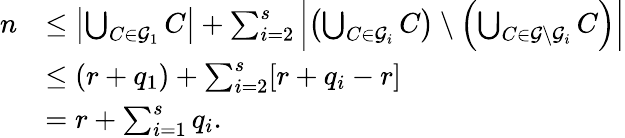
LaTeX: \begin{array}{rl}{n}&{\leq\left|\bigcup_{C\in\mathcal{G}_{1}}C\right|+\sum_{i=2}^{s}\left|\left(\bigcup_{C\in\mathcal{G}_{i}}C\right)\setminus\left(\bigcup_{C\in\mathcal{G}\setminus\mathcal{G}_{i}}C\right)\right|}\\ {}&{\leq(r+q_{1})+\sum_{i=2}^{s}[r+q_{i}-r]}\\ {}&{=r+\sum_{i=1}^{s}q_{i}.}\end{array}